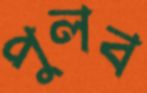
পুলব